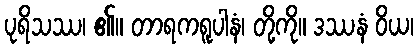
ပုရိသဿ၊ ၏။ တာရကရူပါနံ၊ တို့ကို။ ဒဿနံ ဝိယ၊